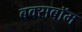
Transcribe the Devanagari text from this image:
बक्सबॉम